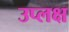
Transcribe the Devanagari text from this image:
उप्लक्ष